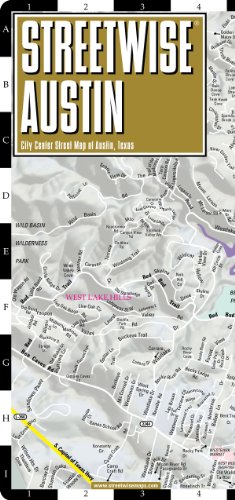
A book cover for Streetwise Austin Map - Laminated City Center Street Map of Austin, Texas (Streetwise (Streetwise Maps)); Streetwise Maps; Travel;